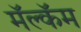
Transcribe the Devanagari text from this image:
मॅल्कॅम